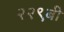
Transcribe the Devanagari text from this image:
२२९बी